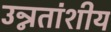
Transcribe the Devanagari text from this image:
उन्नतांशीय